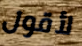
لأقول